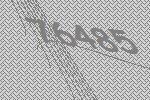
76485